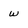
Character: w